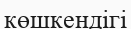
көшкендігі